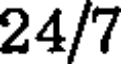
24/7